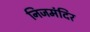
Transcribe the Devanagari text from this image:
निजमंदिर